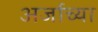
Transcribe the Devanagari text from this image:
अर्जाच्या